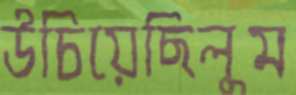
উচিয়েছিলুম